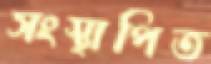
সংস্থাপিত